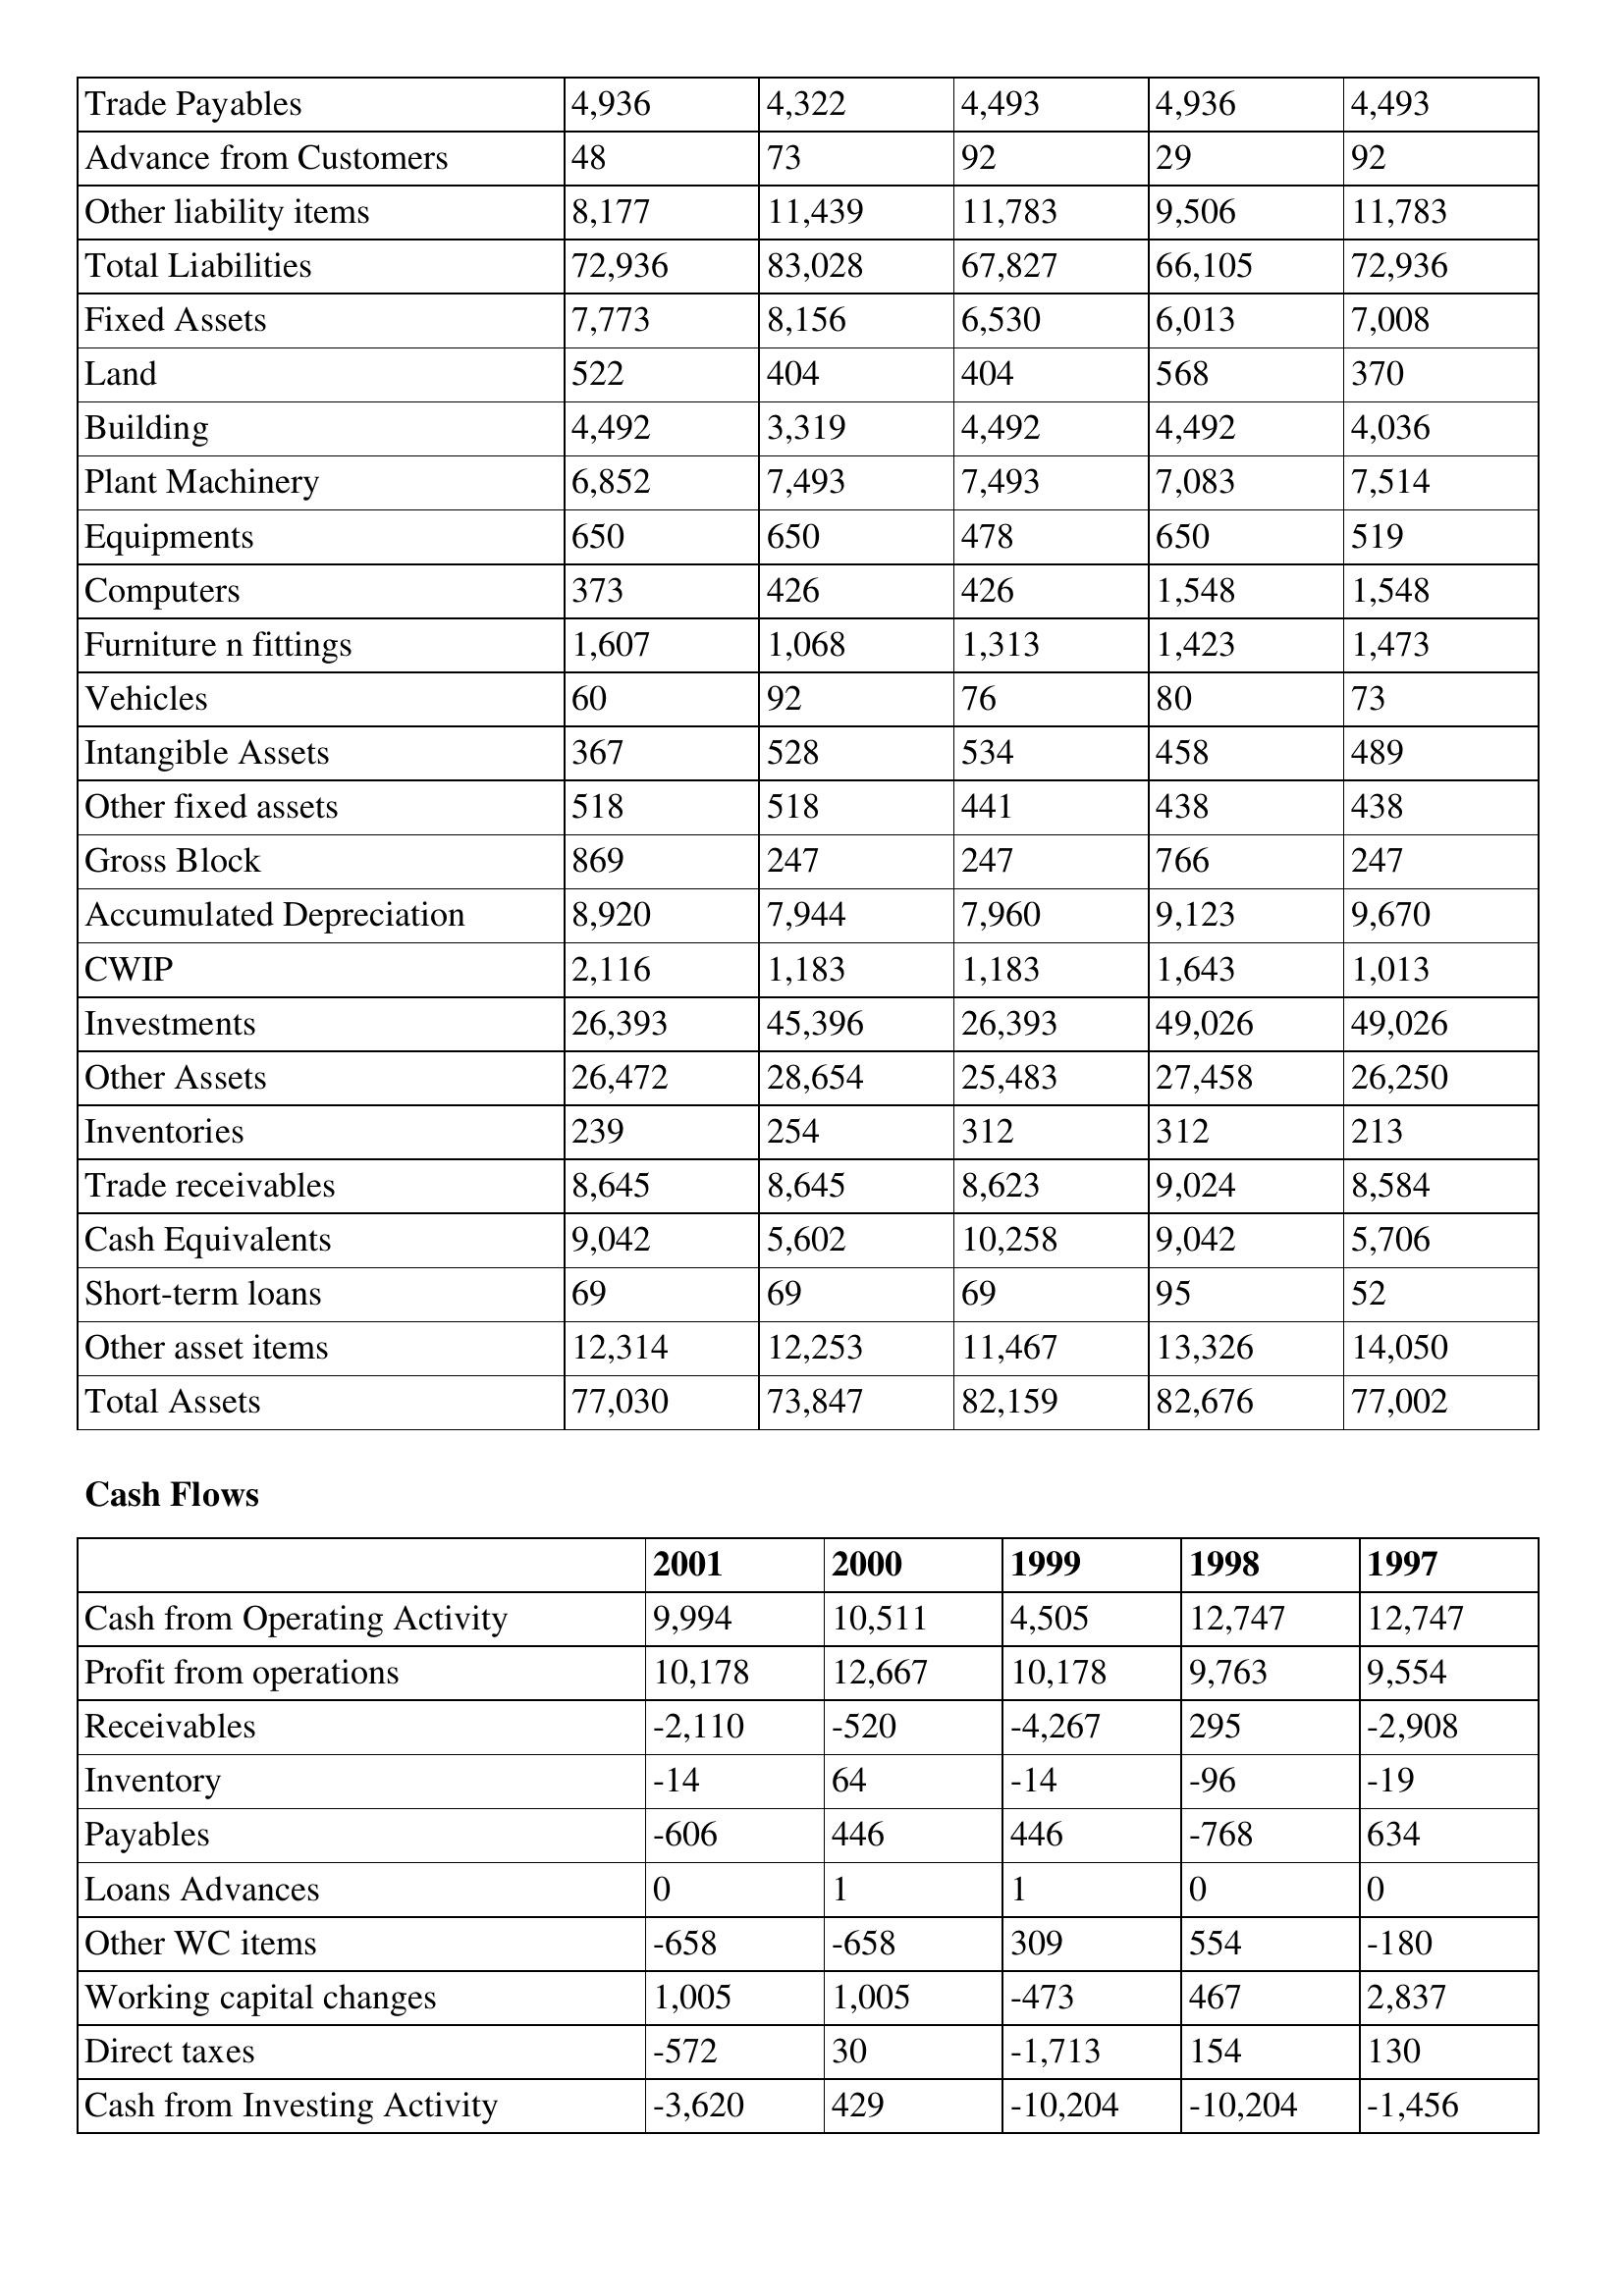
gt_parse: 2001: Balance Sheet: Trade Payables: 4,936
Advance from Customers: 48
Other liability items: 8,177
Total Liabilities: 72,936
Fixed Assets: 7,773
Land: 522
Building: 4,492
Plant Machinery: 6,852
Equipments: 650
Computers: 373
Furniture n fittings: 1,607
Vehicles: 60
Intangible Assets: 367
Other fixed assets: 518
Gross Block: 869
Accumulated Depreciation: 8,920
CWIP: 2,116
Investments: 26,393
Other Assets: 26,472
Inventories: 239
Trade receivables: 8,645
Cash Equivalents: 9,042
Short-term loans: 69
Other asset items: 12,314
Total Assets: 77,030
Cash Flows: Cash from Operating Activity: 9,994
Profit from operations: 10,178
Receivables: -2,110
Inventory: -14
Payables: -606
Loans Advances: 0
Other WC items: -658
Working capital changes: 1,005
Direct taxes: -572
Cash from Investing Activity: -3,620
2000: Balance Sheet: Trade Payables: 4,322
Advance from Customers: 73
Other liability items: 11,439
Total Liabilities: 83,028
Fixed Assets: 8,156
Land: 404
Building: 3,319
Plant Machinery: 7,493
Equipments: 650
Computers: 426
Furniture n fittings: 1,068
Vehicles: 92
Intangible Assets: 528
Other fixed assets: 518
Gross Block: 247
Accumulated Depreciation: 7,944
CWIP: 1,183
Investments: 45,396
Other Assets: 28,654
Inventories: 254
Trade receivables: 8,645
Cash Equivalents: 5,602
Short-term loans: 69
Other asset items: 12,253
Total Assets: 73,847
Cash Flows: Cash from Operating Activity: 10,511
Profit from operations: 12,667
Receivables: -520
Inventory: 64
Payables: 446
Loans Advances: 1
Other WC items: -658
Working capital changes: 1,005
Direct taxes: 30
Cash from Investing Activity: 429
1999: Balance Sheet: Trade Payables: 4,493
Advance from Customers: 92
Other liability items: 11,783
Total Liabilities: 67,827
Fixed Assets: 6,530
Land: 404
Building: 4,492
Plant Machinery: 7,493
Equipments: 478
Computers: 426
Furniture n fittings: 1,313
Vehicles: 76
Intangible Assets: 534
Other fixed assets: 441
Gross Block: 247
Accumulated Depreciation: 7,960
CWIP: 1,183
Investments: 26,393
Other Assets: 25,483
Inventories: 312
Trade receivables: 8,623
Cash Equivalents: 10,258
Short-term loans: 69
Other asset items: 11,467
Total Assets: 82,159
Cash Flows: Cash from Operating Activity: 4,505
Profit from operations: 10,178
Receivables: -4,267
Inventory: -14
Payables: 446
Loans Advances: 1
Other WC items: 309
Working capital changes: -473
Direct taxes: -1,713
Cash from Investing Activity: -10,204
1998: Balance Sheet: Trade Payables: 4,936
Advance from Customers: 29
Other liability items: 9,506
Total Liabilities: 66,105
Fixed Assets: 6,013
Land: 568
Building: 4,492
Plant Machinery: 7,083
Equipments: 650
Computers: 1,548
Furniture n fittings: 1,423
Vehicles: 80
Intangible Assets: 458
Other fixed assets: 438
Gross Block: 766
Accumulated Depreciation: 9,123
CWIP: 1,643
Investments: 49,026
Other Assets: 27,458
Inventories: 312
Trade receivables: 9,024
Cash Equivalents: 9,042
Short-term loans: 95
Other asset items: 13,326
Total Assets: 82,676
Cash Flows: Cash from Operating Activity: 12,747
Profit from operations: 9,763
Receivables: 295
Inventory: -96
Payables: -768
Loans Advances: 0
Other WC items: 554
Working capital changes: 467
Direct taxes: 154
Cash from Investing Activity: -10,204
1997: Balance Sheet: Trade Payables: 4,493
Advance from Customers: 92
Other liability items: 11,783
Total Liabilities: 72,936
Fixed Assets: 7,008
Land: 370
Building: 4,036
Plant Machinery: 7,514
Equipments: 519
Computers: 1,548
Furniture n fittings: 1,473
Vehicles: 73
Intangible Assets: 489
Other fixed assets: 438
Gross Block: 247
Accumulated Depreciation: 9,670
CWIP: 1,013
Investments: 49,026
Other Assets: 26,250
Inventories: 213
Trade receivables: 8,584
Cash Equivalents: 5,706
Short-term loans: 52
Other asset items: 14,050
Total Assets: 77,002
Cash Flows: Cash from Operating Activity: 12,747
Profit from operations: 9,554
Receivables: -2,908
Inventory: -19
Payables: 634
Loans Advances: 0
Other WC items: -180
Working capital changes: 2,837
Direct taxes: 130
Cash from Investing Activity: -1,456